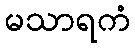
မသာရကံ